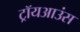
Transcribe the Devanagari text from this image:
ट्रॉयआउंस